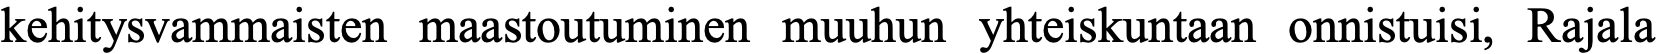
kehitysvammaisten maastoutuminen muuhun yhteiskuntaan onnistuisi, Rajala